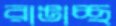
রাঙাচ্ছ